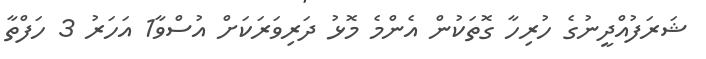
ޝަރަފުއްދީނުގެ ހުރިހާ ގޮތަކުން އެންމެ މޮޅު ދަރިވަރަކަށް އުސްވާ1 އަހަރު 3 ހަފްތާ